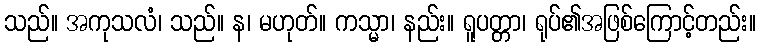
သည်။ အကုသလံ၊ သည်။ န၊ မဟုတ်။ ကသ္မာ၊ နည်း။ ရူပတ္တာ၊ ရုပ်၏အဖြစ်ကြောင့်တည်း။